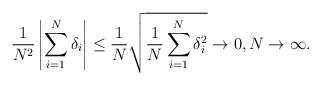
LaTeX: \begin{align*}\frac{1}{N^2}\left|\sum_{i=1}^N\delta_i\right|\leq \frac{1}{N}\sqrt{\frac{1}{N}\sum_{i=1}^N\delta_i^2}\to 0,N\to\infty.\end{align*}